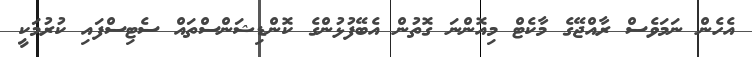
އެހެން ނަމަވެސް ރާއްޖޭގެ މާކެޓް މިއޮންނަ ގޮތުން އެބޭފުޅުންގެ ކޮންޑިޝަންސްތައް ސެޓިސްފައި ކުރުމަކީ